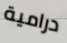
درامية